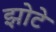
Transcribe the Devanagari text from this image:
झोटे